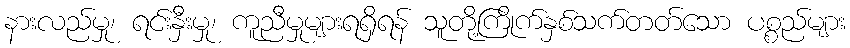
နားလည်မှု၊ ရင်းနှီးမှု၊ ကူညီမှုများရရှိရန် သူတို့ကြိုက်နှစ်သက်တတ်သော ပစ္စည်များ